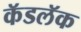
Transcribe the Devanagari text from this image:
कॅडलॅक